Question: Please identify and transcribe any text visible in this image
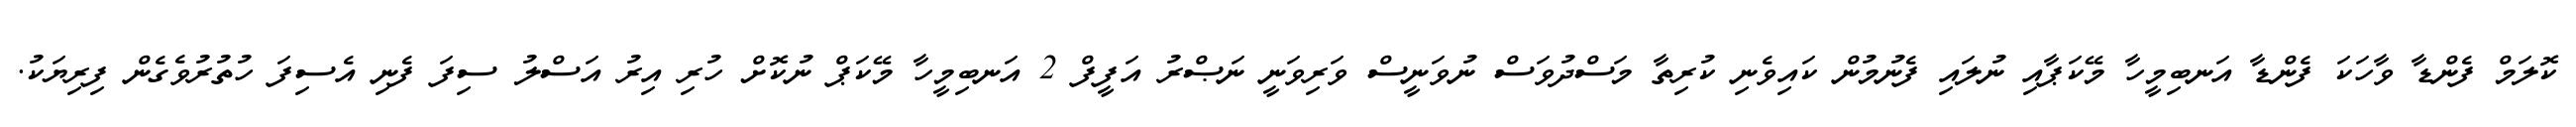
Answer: ކޮލަމް ފެންޑާ ވާހަކަ ފެންޑާ އަނބިމީހާ މޭކަޕާއި ނުލައި ފެނުމުން ކައިވެނި ކުރިތާ މަސްދުވަސް ނުވަނީސް ވަރިވަނީ ނަޞްރު އަފީފް 2 އަނބިމީހާ މޭކަޕް ނުކޮށް ހުރި އިރު އަސްލު ސިފަ ފެނި އެސިފަ ހުތުރުވެގެން ފިރިޔަކު.